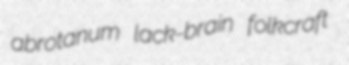
abrotanum lack-brain folkcraft